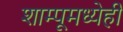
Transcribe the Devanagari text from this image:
शाम्पूमध्येही